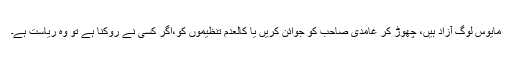
مایوس لوگ آزاد ہیں، چھوڑ کر غامدی صاحب کو جوائن کریں یا کالعدم تنظیموں کو،اگر کسی نے روکنا ہے تو وہ ریاست ہے۔